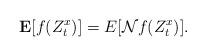
LaTeX: \begin{align*}\mathbf{E} [ f(Z^x_t) ]= E[\mathcal{N}f (Z^x_t)].\end{align*}